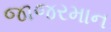
જાજરમાન